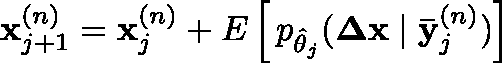
\mathbf { x } _ { j + 1 } ^ { ( n ) } = \mathbf { x } _ { j } ^ { ( n ) } + \mathbb { E } \left[ \, p _ { \hat { \theta } _ { j } } ( \mathbf { \Delta x } \mid \mathbf { \bar { y } } _ { j } ^ { ( n ) } ) \right]